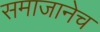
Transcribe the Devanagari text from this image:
समाजानेच